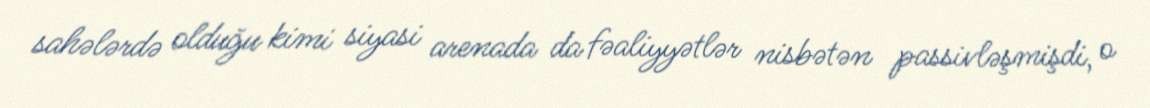
sahələrdə olduğu kimi siyasi arenada da fəaliyyətlər nisbətən passivləşmişdi, o